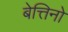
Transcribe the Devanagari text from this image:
बेत्तिनो